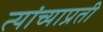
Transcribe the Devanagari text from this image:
त्यांच्याप्रती